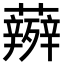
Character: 𮓋